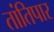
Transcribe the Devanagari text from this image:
तांतिपार